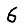
Digit: 6